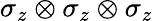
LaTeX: \sigma_{z}\otimes\sigma_{z}\otimes\sigma_{z}